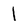
Character: l